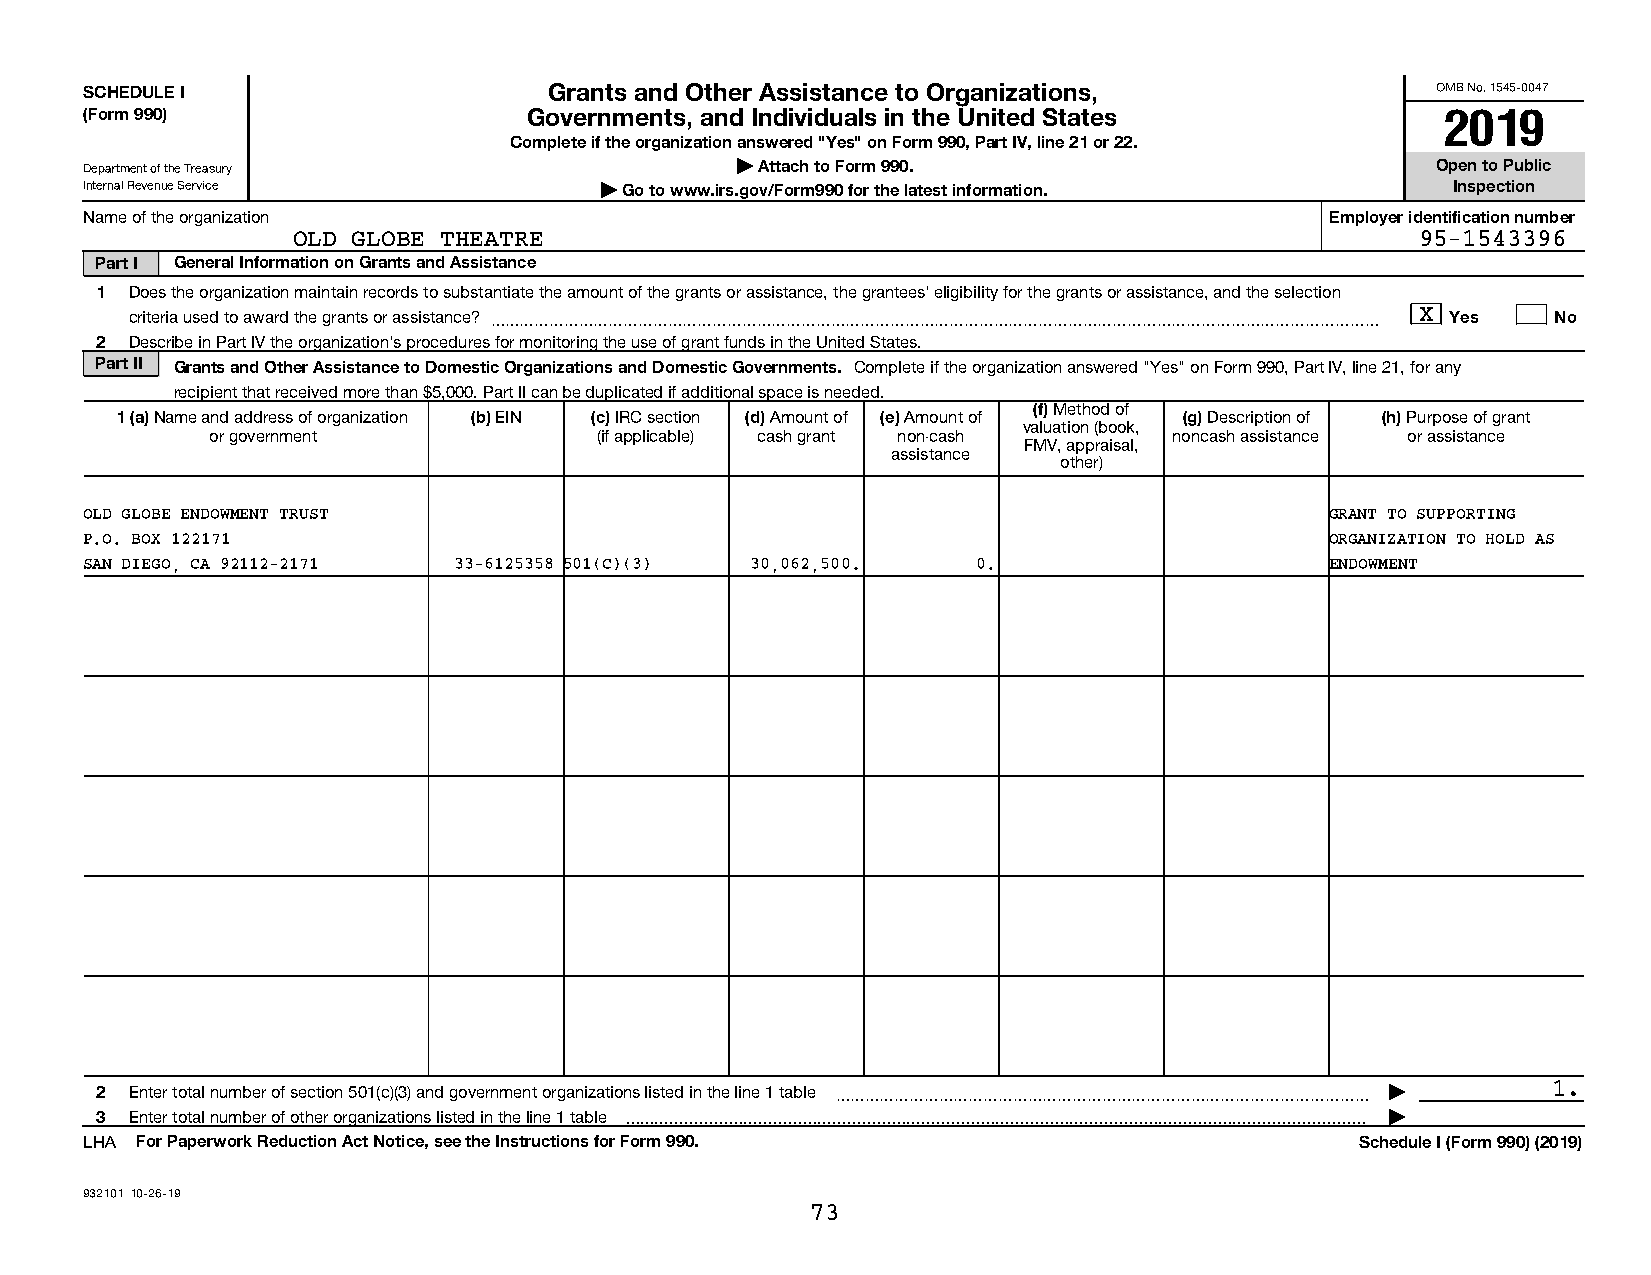
SCHEDULE I                    Grants and Other Assistance to Organizations,              OMB No. 1545-0047
 (Form 990)                   Governments, and Individuals in the United States            2019
 Complete if the organization answered "Yes" on Form 990, Part IV, line 21 or 22.
 Department of the Treasury                 | Attach to Form 990.                         Open to Public
 Internal Revenue Service          | Go to www.irs.gov/Form990 for the latest information. Inspection
 Name of the organization                                                          Employer identification number
 OLD GLOBE THEATRE                                                          95-1543396
 Part I General Information on Grants and Assistance
 1  Does the organization maintain records to substantiate the amount of the grants or assistance, the grantees' eligibility for the grants or assistance, and the selection
 criteria used to award the grants or assistance? ~~~~~~~~~~~~~~~~~~~~~~~~~~~~~~~~~~~~~~~~~~~~~~~~~~~~~~~~~~~~ X Yes No
 2  Describe in Part IV the organization's procedures for monitoring the use of grant funds in the United States.
 Part II Grants and Other Assistance to Domestic Organizations and Domestic Governments. Complete if the organization answered "Yes" on Form 990, Part IV, line 21, for any
 recipient that received more than $5,000. Part II can be duplicated if additional space is needed.
 (f) Method of
 1 (a) Name and address of organization (b) EIN (c) IRC section (d) Amount of (e) Amount of (g) Description of (h) Purpose of grant
 valuation (book,
 or government             (if applicable) cash grant non-cash   noncash assistance or assistance
 FMV, appraisal,
 assistance
 other)
 OLD GLOBE ENDOWMENT TRUST                                                         GRANT TO SUPPORTING
 P.O. BOX 122171                                                                   ORGANIZATION TO HOLD AS
 SAN DIEGO, CA 92112-2171 33-6125358 501(C)(3) 30,062,500.  0.                     ENDOWMENT
 2  Enter total number of section 501(c)(3) and government organizations listed in the line 1 table ~~~~~~~~~~~~~~~~~~~~~~~~~~~~~~~~~~~~ | 1.
 3  Enter total number of other organizations listed in the line 1 table  |
 LHA For Paperwork Reduction Act Notice, see the Instructions for Form 990.          Schedule I (Form 990) (2019)
 932101 10-26-19
 73